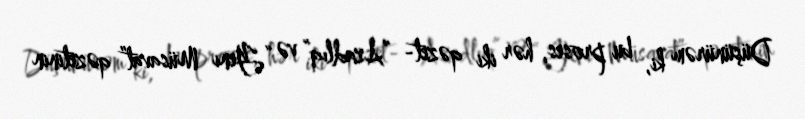
Düşünürəm ki, bu proses, hər iki qəzet- “Azadlıq” və “Yeni Müsavat” qəzetinin